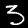
Label: 3